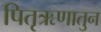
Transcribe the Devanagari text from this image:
पितृऋणातुन